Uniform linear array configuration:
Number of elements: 16
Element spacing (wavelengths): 0.5
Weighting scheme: kaiser
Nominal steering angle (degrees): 30
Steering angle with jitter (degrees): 31.772
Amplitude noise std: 0.05
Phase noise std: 0.05

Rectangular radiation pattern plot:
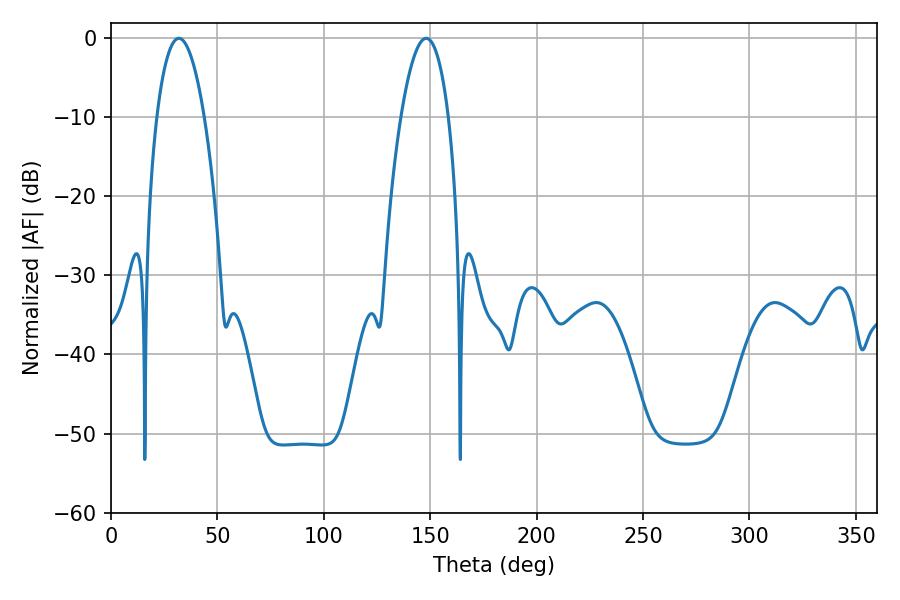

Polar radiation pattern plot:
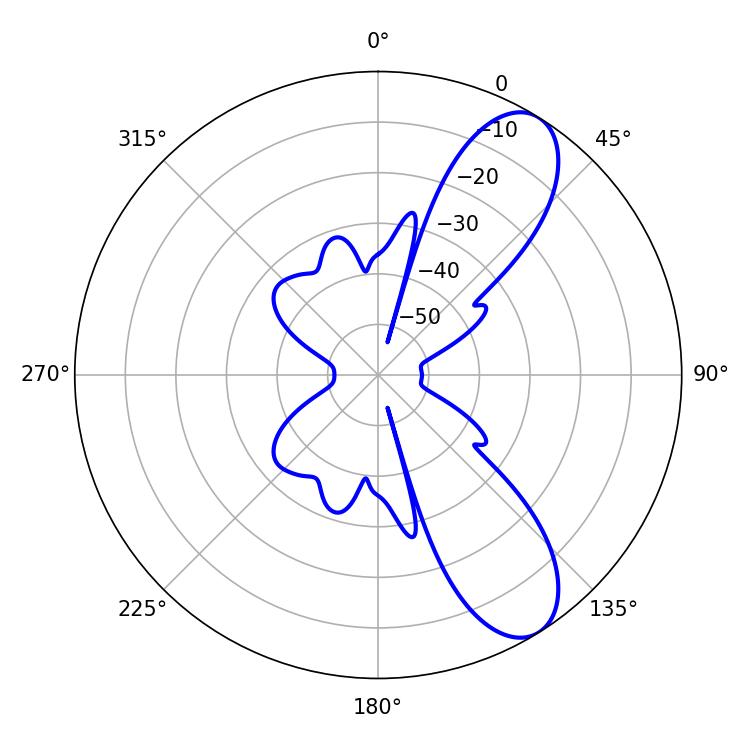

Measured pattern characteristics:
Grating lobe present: FALSE
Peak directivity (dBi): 9.11
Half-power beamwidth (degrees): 12.42
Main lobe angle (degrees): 31.86